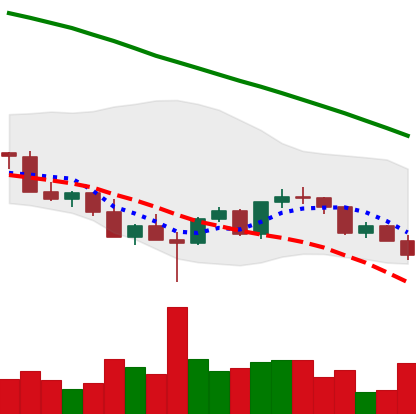
Ticker: LINK-USD
Chart end date: 2022-03-07
Forward return: 3.724%
Label: up_3_5